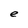
Character: e